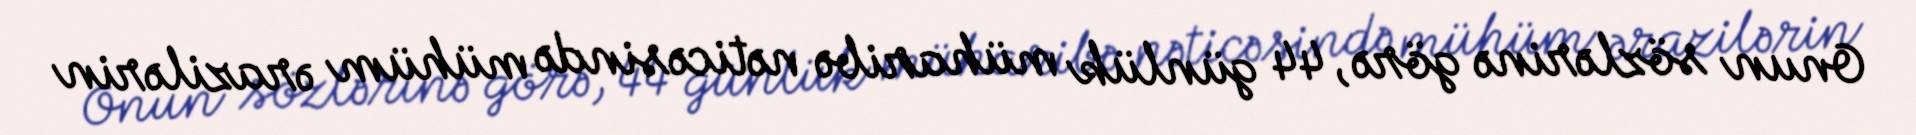
Onun sözlərinə görə, 44 günlük müharibə nəticəsində mühüm ərazilərin